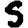
Digit: 5